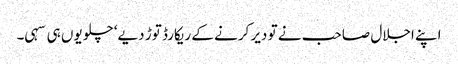
اپنے اجلال صاحب نے تو دیر کرنے کے ریکارڈ توڑ دیے‘ چلو یوں ہی سہی۔